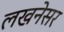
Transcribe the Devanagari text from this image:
लखनेसर